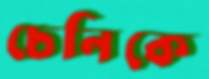
চেনিকে